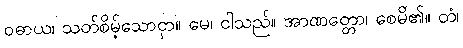
ဝဓာယ၊ သတ်စိမ့်သောငှာ။ မေ၊ ငါသည်။ အာဏတ္တော၊ စေမိ၏။ တံ၊